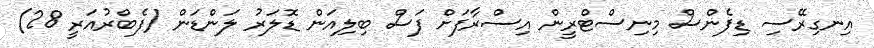
އިނގިރޭސި ޑިފެންސް މިނިސްޓްރީން އިސްރާފަށް ފަސް ބިލިއަން ޑޮލަރު ލަންޑަން (ފެބްރުއަރީ 28)